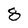
Character: 8